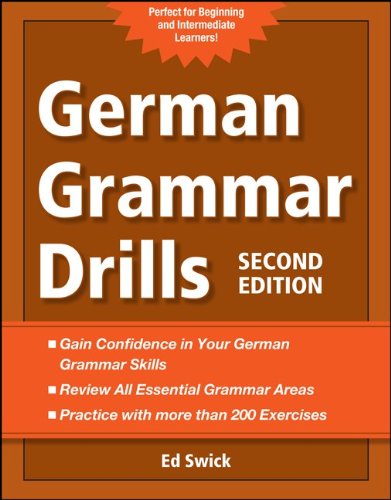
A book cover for German Grammar Drills; Ed Swick; Reference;